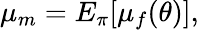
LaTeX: \mu_{m}=E_{\pi}[\mu_{f}(\theta)]\, \! ,